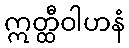
ဣတ္ထီဝါဟနံ